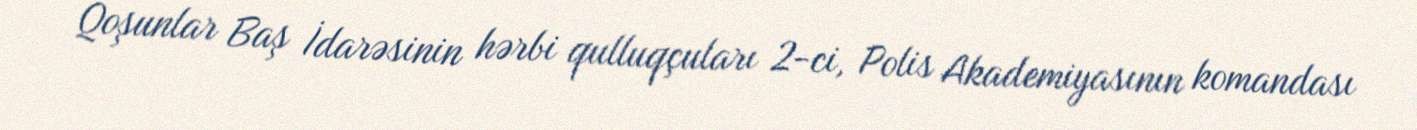
Qoşunlar Baş İdarəsinin hərbi qulluqçuları 2-ci, Polis Akademiyasının komandası